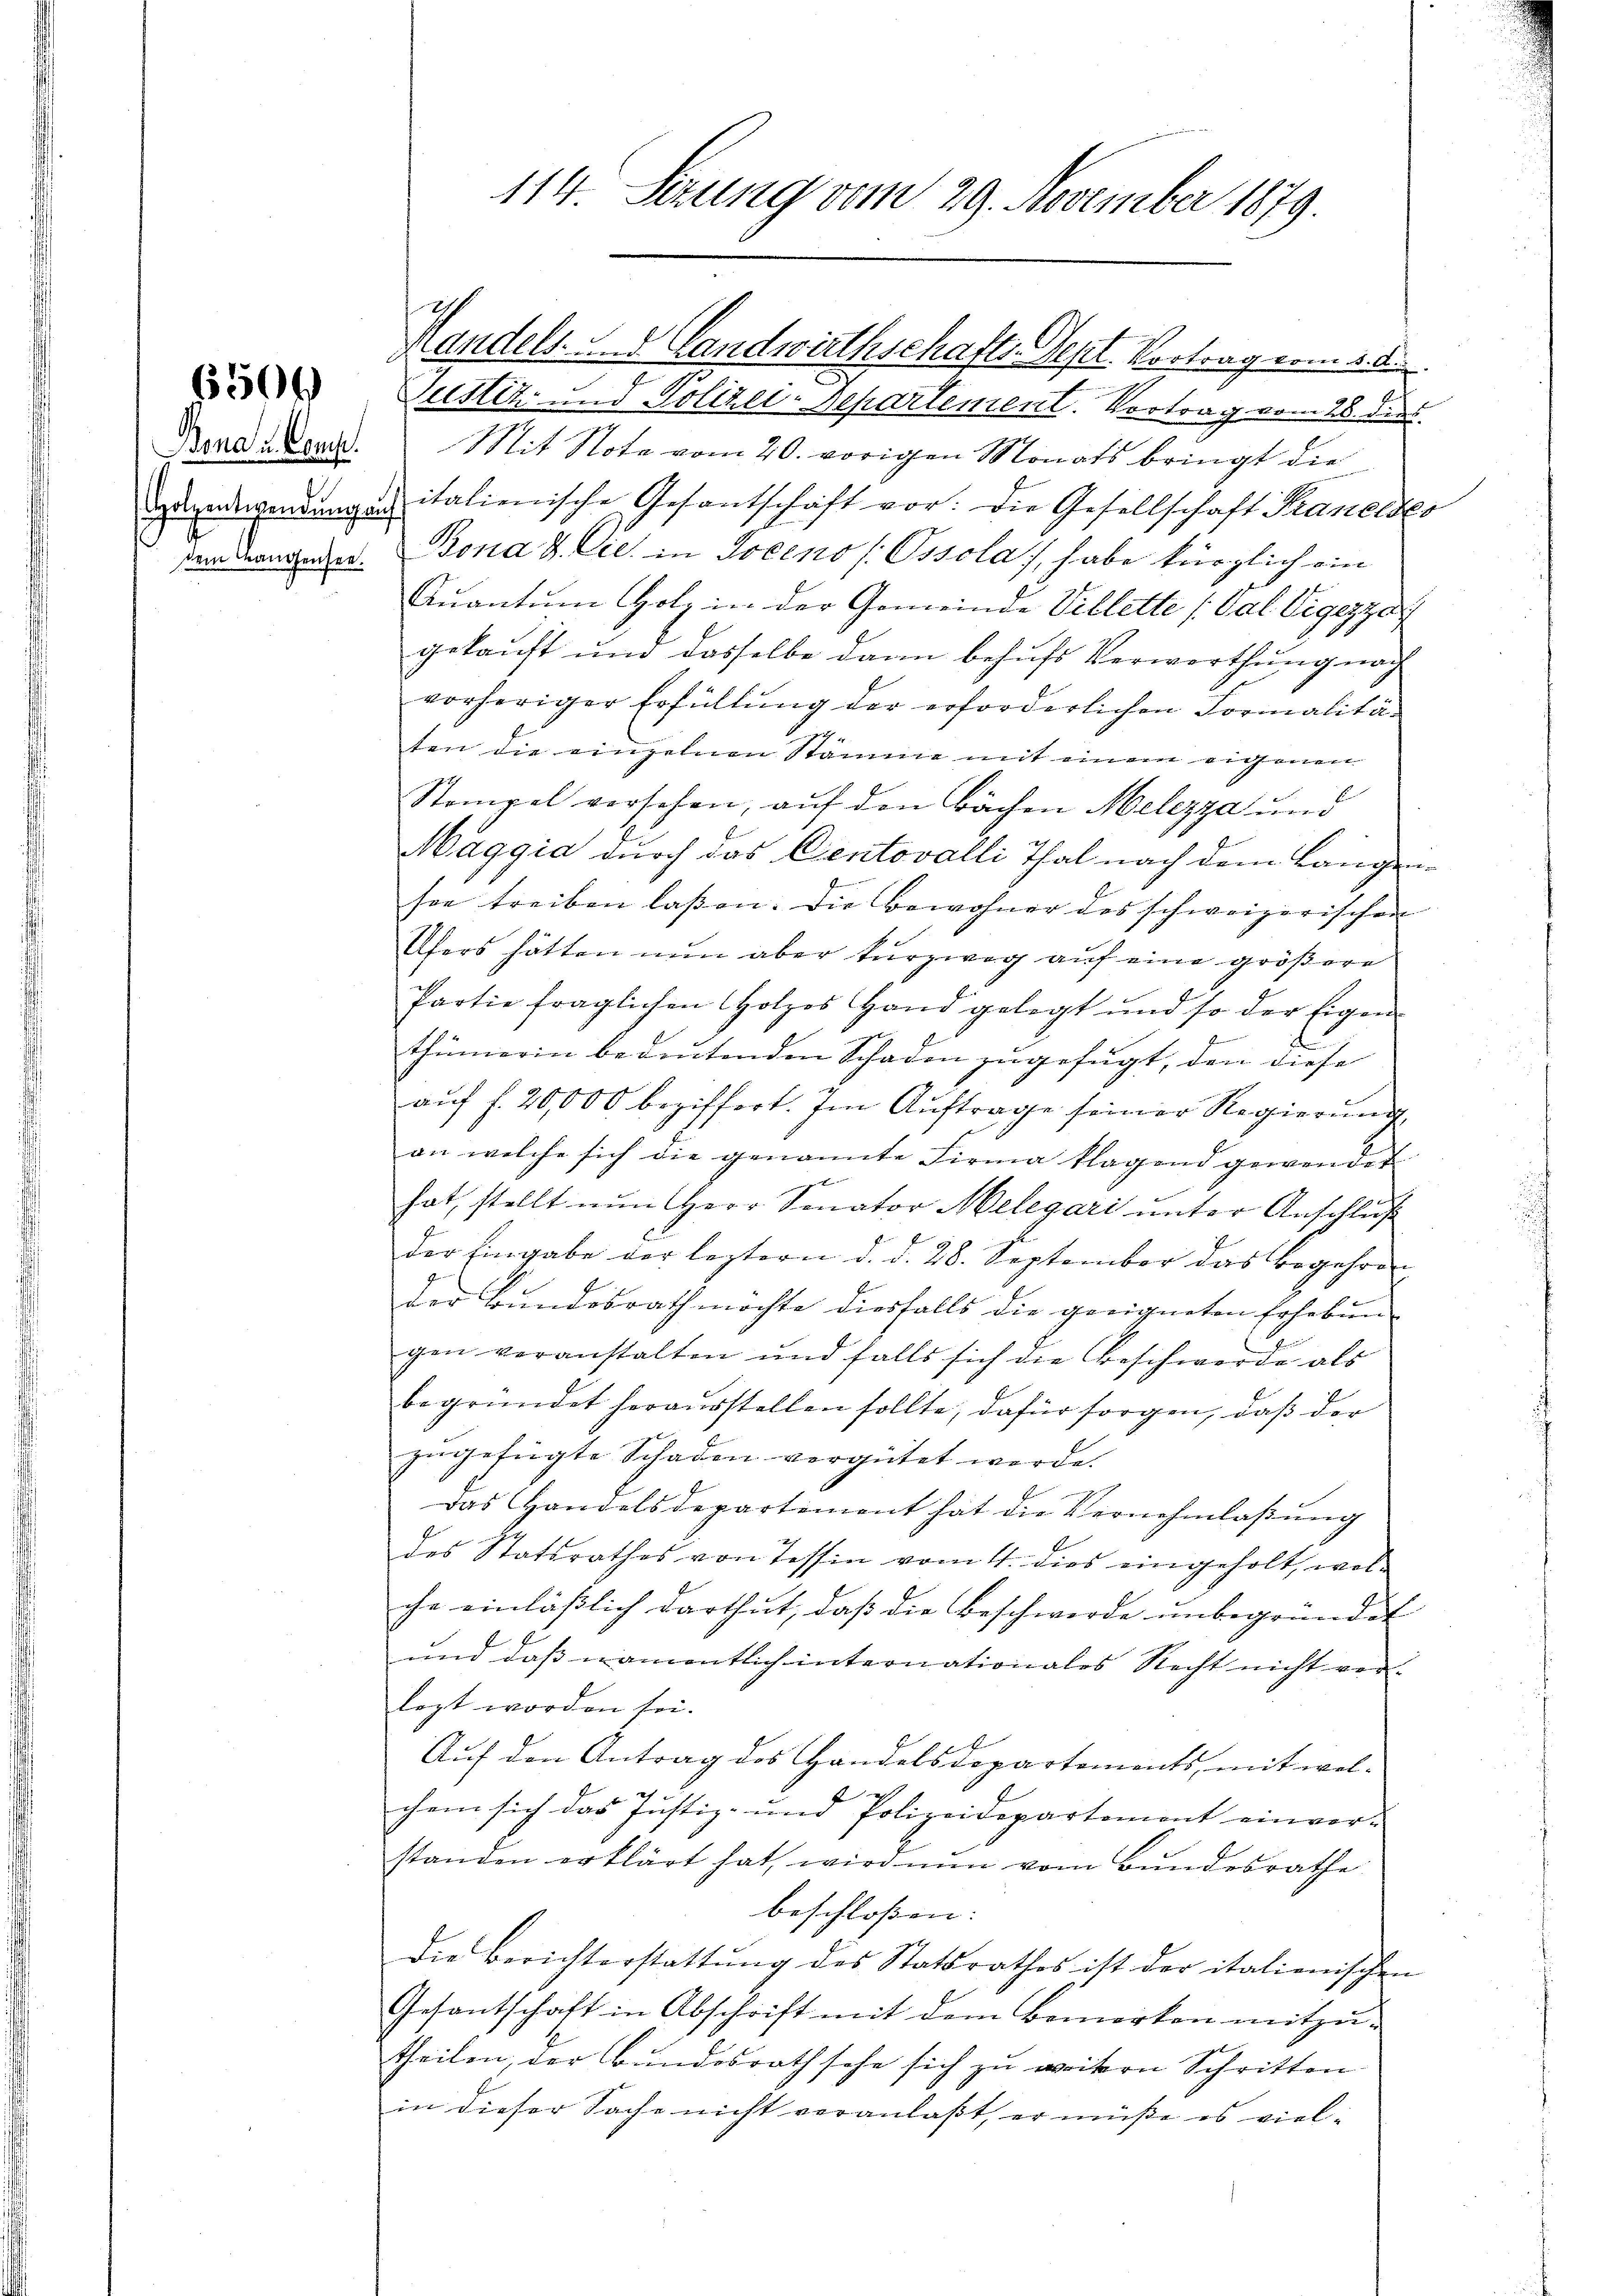
30

Bona u. Comp.
dem angensee.

114. Setzung vom 29. November 1879.

E

ustiz- und Polizei-Repartement. Vortrag vom 28. dies
Mit Note vom 20. vorigen Monats bringt die
uadpendungs italienische Gesantschaft vor. Die Gesellschaft Praneldes
Bona & Cie in Joceno (Ossola), habe kürzlich ein
Aŭantŭm Holz in der Gemeinde Villette (Val Vigezze
gekauft und dasselbe dann behufs Verworthung nach
vorheriger Erfüllung der erforderlichen Formalitäten die einzelnen Stämme mit einem eigenen
Stempel vorsehen, auf den Bächen Melezza und
Maggia durch das Centovalli Thal nach dem Langenson treiben lassen. Die Bewohner des schweizerischen
Ufers hätten nun aber turzweg auf eine größere
Partie fraglichen Holzes Hand gelegt und so der Eigen-
.
thümerin bedeutenden Schaden zugefügt, den diese
aŭf f. 20,000 beziffert. Im Auftrage seiner Regierung,
an welche sich die genannte Firma klagend gewendet
hat, stellt nun Herr Senator Melegari unter Anschluß
der Eingabe der leztern d. d. 28. September das Begehren
der Bundesrath möchte diesfalls die geeigneten Erhebungen veranstalten und falls sich die Beschwerde als
begründet herausstellen sollte, dafür sorgen, daß der
zŭgefügte Schaden vergütet werde.
Das Handelsdepartement hat die Vernehmlassung
des Statsrathes von Tessin vom 4. dies eingeholt, wolche einläßlich darthut, daß die Beschwerde unbegründet
und daß namentlich internationales Recht nicht verlegt worden sei.
Auf den Antrag des Handelsdepartements, mit wel-
chem sich das Justiz- und Polizeidepartement einvor-
standen erklärt hat, wird nun vom Bundesrathe
beschloßen:
Die Berichterstattŭng des Statsrathes ist der italienischen
Gesantschaft in Abschrift mit dem Bemerken mitzŭ-
theilen, der Bundesrath sehe sich zu weitern Schritten
in dieser Sache nicht veranlaßt, er müße es viel-

Handels- u. Landwirthschafts-Sept. Vortrag vom 5. d.